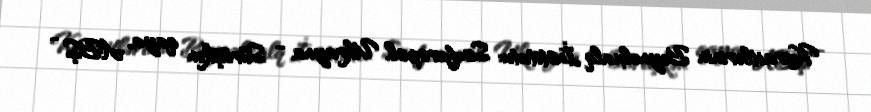
Karaitlərinin Beynəlxalq İnstitutu: Simferopol, Ukrayna - Sürüşkən qaya, ABŞ -